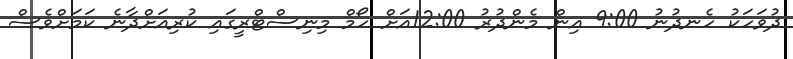
ދުވަހަކު ހެނދުނު 9:00 އިން މެންދުރު 12:00އަށް ހޯމް މިނިސްޓްރީގައި ކުރިއަށްދާނެ ކަމަށްވެސް